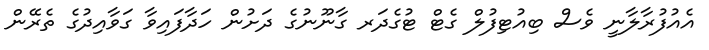
އެއުފުރާލާނީ ވެސް ބިއުޓިފުލް ގެޓް ޓުގެދަރ ގާނޫނުގެ ދަށުން ހަދާފައިވާ ގަވާއިދުގެ ތެރޭން